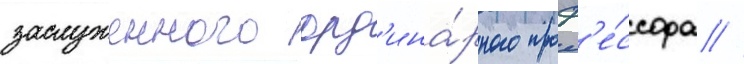
заслуженного орд'ина́рного проф'е́ссора //